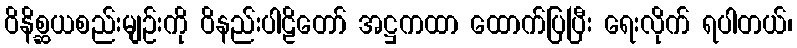
ဝိနိစ္ဆယစည်းမျဉ်းကို ဝိနည်းပါဠိတော် အဋ္ဌကထာ ထောက်ပြပြီး ရေးလိုက် ရပါတယ်၊